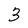
Character: 3